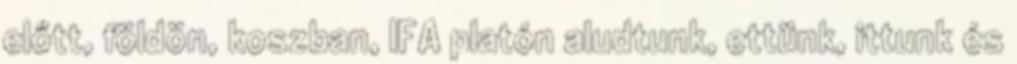
előtt, földön, koszban, IFA platón aludtunk, ettünk, ittunk és